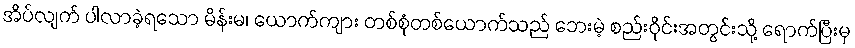
အိပ်လျက် ပါလာခဲ့ရသော မိန်းမ၊ ယောက်ကျား တစ်စုံတစ်ယောက်သည် ဘေးမဲ့ စည်းဝိုင်းအတွင်းသို့ ရောက်ပြီးမှ